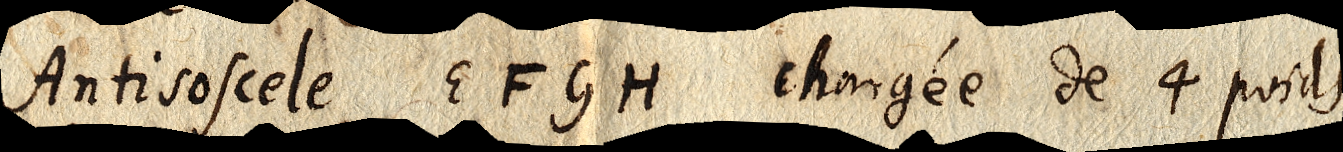
Antisoscele EFGH chargée de 4 poids